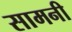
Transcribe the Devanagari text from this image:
सामनी